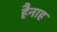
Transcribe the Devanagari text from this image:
हैनाह